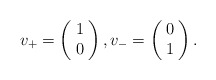
\begin{align*}v_+=\left(\!\begin{array}{c}1\\0\end{array}\!\right),v_-=\left(\!\begin{array}{c}0\\1\end{array}\!\right).\end{align*}